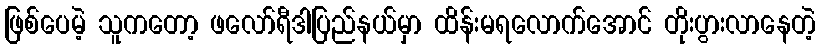
ဖြစ်ပေမဲ့ သူကတော့ ဖလော်ရီဒါပြည်နယ်မှာ ထိန်းမရလောက်အောင် တိုးပွားလာနေတဲ့